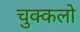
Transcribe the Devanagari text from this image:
चुक्कलो